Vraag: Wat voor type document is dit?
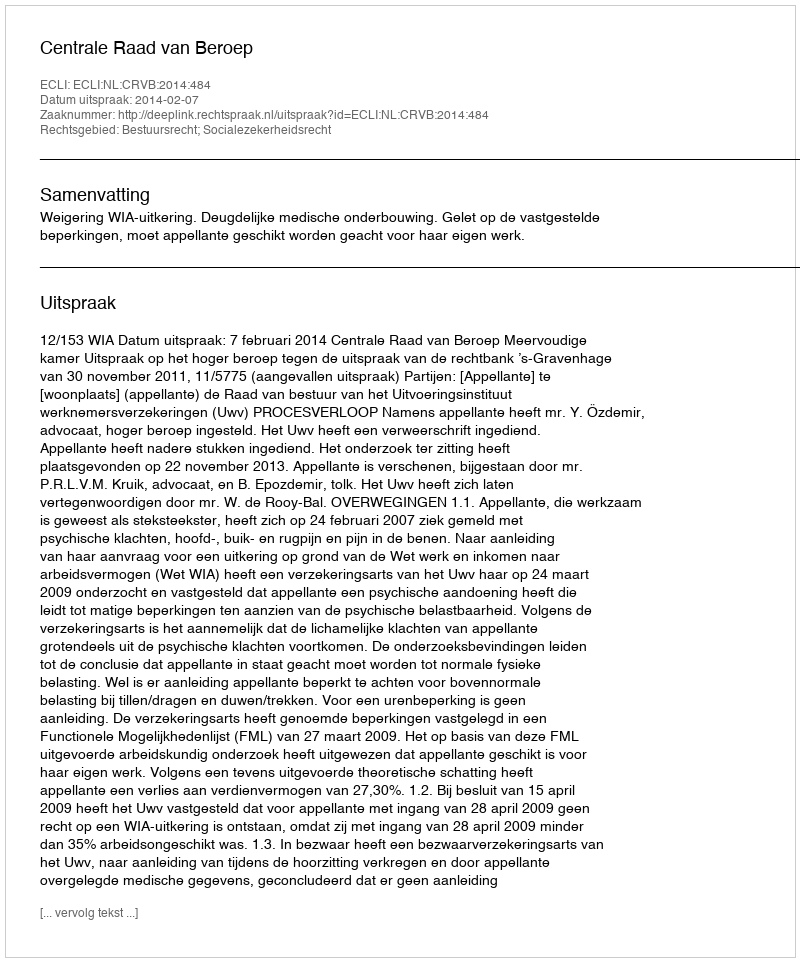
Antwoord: Uitspraak